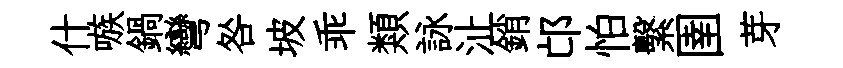
什嗾鍋彎咎坡乖類詠沚銷邙怕繫圉芽